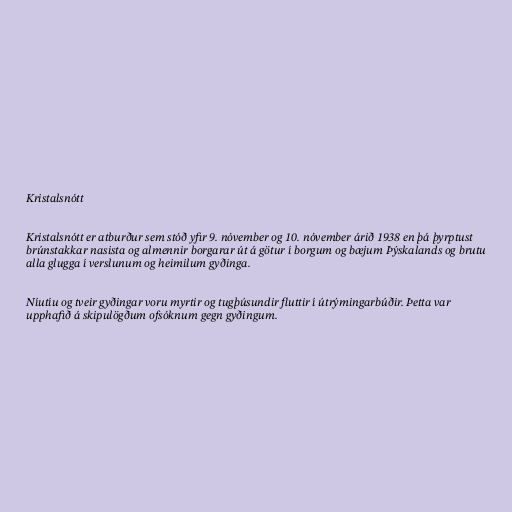
Kristalsnótt

Kristalsnótt er atburður sem stóð yfir 9. nóvember og 10. nóvember árið 1938 en þá þyrptust
brúnstakkar nasista og almennir borgarar út á götur í borgum og bæjum Þýskalands og brutu
alla glugga í verslunum og heimilum gyðinga.

Níutíu og tveir gyðingar voru myrtir og tugþúsundir fluttir í útrýmingarbúðir. Þetta var
upphafið á skipulögðum ofsóknum gegn gyðingum.